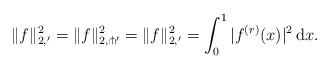
LaTeX: \begin{align*}\|f\|^2_{2,'}=\|f\|^2_{2,\pitchfork'}=\|f\|^2_{2,'}=\int^1_0 |f^{(r)}(x)|^2 \,{\rm d} x.\end{align*}